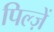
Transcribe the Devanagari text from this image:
पिल्ज़ें